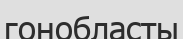
гонобласты